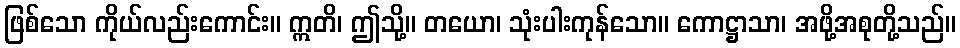
ဖြစ်သော ကိုယ်လည်းကောင်း။ ဣတိ၊ ဤသို့။ တယော၊ သုံးပါးကုန်သော။ ကောဋ္ဌာသာ၊ အဖို့အစုတို့သည်။